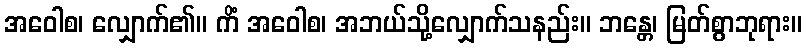
အဝေါစ၊ လျှောက်၏။ ကိံ အဝေါစ၊ အဘယ်သို့လျှောက်သနည်း။ ဘန္တေ၊ မြတ်စွာဘုရား။